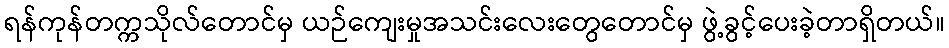
ရန်ကုန်တက္ကသိုလ်တောင်မှ ယဉ်ကျေးမှုအသင်းလေးတွေတောင်မှ ဖွဲ့ခွင့်ပေးခဲ့တာရှိတယ်။